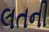
લતની